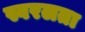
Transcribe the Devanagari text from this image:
स्वरलता